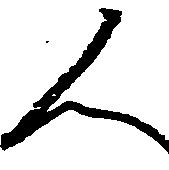
人